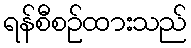
ရန်စီစဉ်ထားသည်